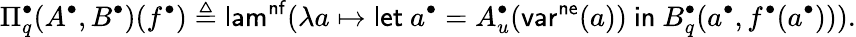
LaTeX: \Pi_{q}^{\bullet}(A^{\bullet},B^{\bullet})(f^{\bullet})\triangleq\mathsf{lam}^{\mathsf{nf}}(\lambda a\mapsto\mathsf{let}\ a^{\bullet}=A_{u}^{\bullet}(\mathsf{var}^{\mathsf{ne}}(a))\ \mathsf{in}\ B_{q}^{\bullet}(a^{\bullet},f^{\bullet}(a^{\bullet}))).